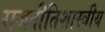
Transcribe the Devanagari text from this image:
राजनीतिशास्त्रीय